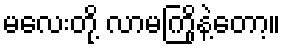
မလေးတို့ လာမကြိုနဲ့တော့။